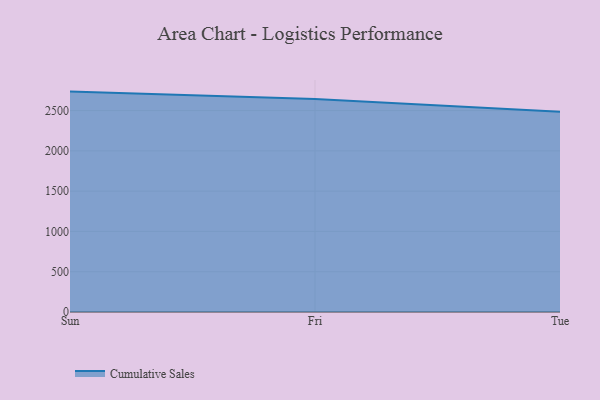
{"axis": {"x": "Day", "y": "Page Views"}, "legend": ["Cumulative Sales"], "data": [{"x": "Sun", "y": 2735.3, "type": "Cumulative Sales"}, {"x": "Fri", "y": 2643.4, "type": "Cumulative Sales"}, {"x": "Tue", "y": 2484.8, "type": "Cumulative Sales"}]}